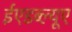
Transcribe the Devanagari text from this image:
ईएडब्ल्यूए